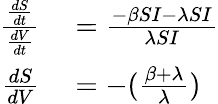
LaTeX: \begin{array}{rl}{\frac{\frac{dS}{dt}}{\frac{dV}{dt}}}&{{}=\frac{-\beta SI-\lambda SI}{\lambda SI}}\\ {{\frac{dS}{dV}}}&{{}=-(\frac{\beta+\lambda}{\lambda})}\end{array}